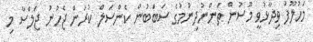
މަހުލޫފު ވިދާޅުވީ މޫސުން ތަންނުދިނުމުގެ ސަބަބުން ކެންސަލް ކުރަން ޖެހުނު ޖަލްސާ މި